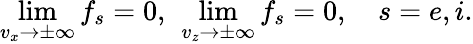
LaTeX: \operatorname*{lim}_{v_{x}\rightarrow\pm\infty}f_{s}=0,\ \operatorname*{lim}_{v_{z}\rightarrow\pm\infty}f_{s}=0,\quad s=e,i.